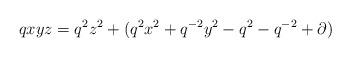
LaTeX: \begin{align*}qxyz = q^2z^2 + (q^2 x^2 + q^{-2} y^2 - q^2 - q^{-2} + \partial)\end{align*}